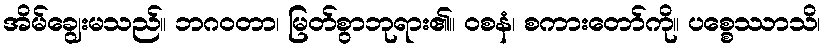
အိမ်ချွေးမသည်။ ဘဂဝတာ၊ မြတ်စွာဘုရား၏။ ဝစနံ၊ စကားတော်ကို။ ပစ္စေဿာသိ၊